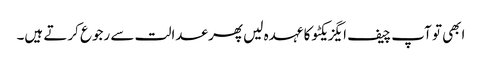
ابھی تو آپ چیف ایگزیکٹو کا عہدہ لیں پھر عدالت سے رجوع کرتے ہیں۔